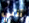
أنني